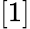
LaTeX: [1]